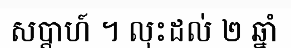
សប្តាហ៍ ។ លុះដល់ ២ ឆ្នាំ